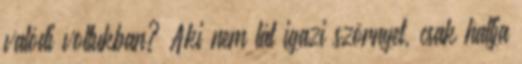
valódi voltukban? Aki nem lát igazi szörnyet, csak hallja